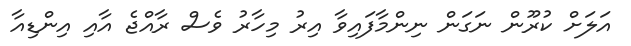
އަލަށް ކުރޫން ނަގަން ނިންމާފައިވާ އިރު މިހާރު ވެސް ރާއްޖެ އާއި އިންޑިއާ